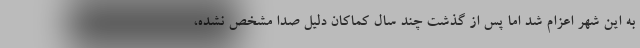
به این شهر اعزام شد اما پس از گذشت چند سال کماکان دلیل صدا مشخص نشده،